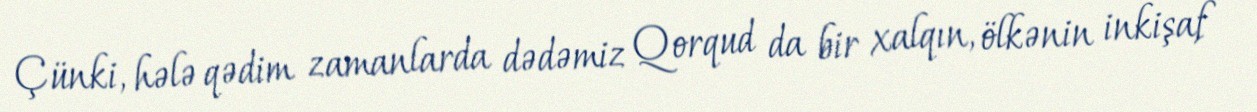
Çünki, hələ qədim zamanlarda dədəmiz Qorqud da bir xalqın, ölkənin inkişaf